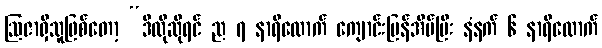
ဩဇာရှိသူဖြစ်တော့ “ဒီလိုဆိုရင် ည ၇ နာရီလောက် ကျောင်းပြန်အိပ်ပြီး နံနက် ၆ နာရီလောက်